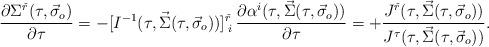
LaTeX: \begin{align*}\frac{\partial\Sigma^{\check{r}}(\tau,\vec{\sigma}_o)}{\partial\tau} = -[I^{-1}(\tau,\vec{\Sigma}(\tau,\vec{\sigma}_o))]^{\check{r}}_{\;i}\,\frac{\partial\alpha^i(\tau,\vec{\Sigma}(\tau,\vec{\sigma}_o))}{\partial\tau}= + \frac{J^{\check{r}}(\tau,\vec{\Sigma}(\tau,\vec{\sigma}_o))}{J^\tau(\tau,\vec{\Sigma}(\tau,\vec{\sigma}_o))}. \end{align*}